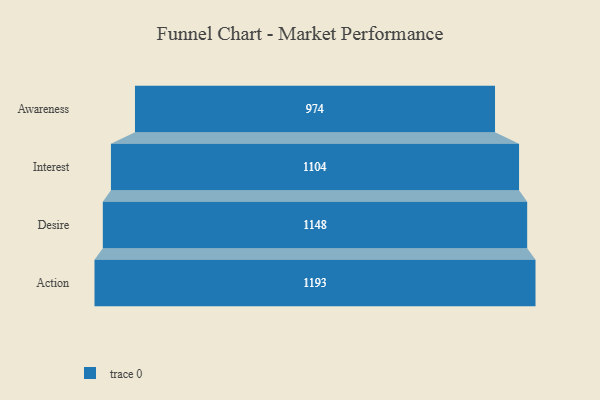
{"axis": {"x": "Stage", "y": "Value"}, "legend": [""], "data": [{"x": "Awareness", "y": 974.0, "type": ""}, {"x": "Interest", "y": 1104.0, "type": ""}, {"x": "Desire", "y": 1148.0, "type": ""}, {"x": "Action", "y": 1193.0, "type": ""}]}